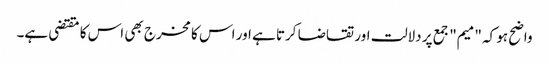
واضح ہو کہ "میم" جمع پر دلالت اور تقاضا کرتا ہے اور اس کا مخرج بھی اس کا مقتضی ہے۔